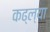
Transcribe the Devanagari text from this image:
कढ्ल्या